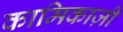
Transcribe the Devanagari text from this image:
कामिकाज़ी